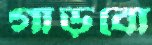
গাড়বো